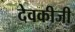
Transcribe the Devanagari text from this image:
देवकीजी